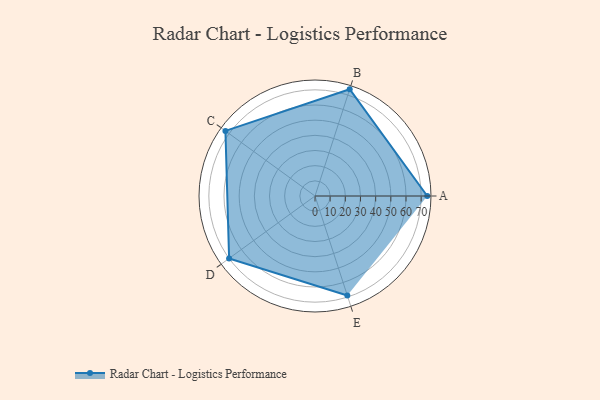
{"axis": {"x": "Skill", "y": "Score"}, "legend": ["Profile"], "data": [{"x": "A", "y": 74.0, "type": "Profile"}, {"x": "B", "y": 74.0, "type": "Profile"}, {"x": "C", "y": 73.0, "type": "Profile"}, {"x": "D", "y": 70.0, "type": "Profile"}, {"x": "E", "y": 69.0, "type": "Profile"}]}